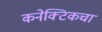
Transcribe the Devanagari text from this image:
कनेक्टिकचा